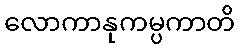
လောကာနုကမ္ပကာတိ